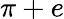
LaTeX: \pi+e